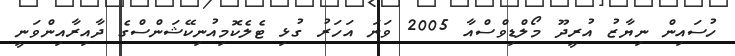
ހުސައިން ނިޔާޒު އުރީދޫ މޯލްޑިވްސްއާ 2005 ވަނަ އަހަރު ގުޅި ޓެލެކޮމިއުނިކޭޝަންސްގެ ދާއިރާއިންވަނީ